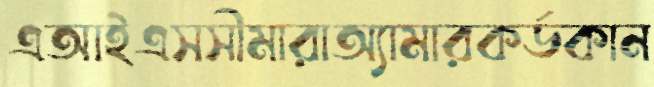
এআইএসসীমারাঅ্যামারকর্ডকান